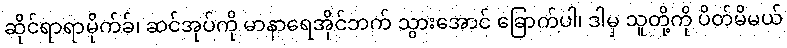
ဆိုင်ရာရာမိုက်ခ်၊ ဆင်အုပ်ကို မာနာရေအိုင်ဘက် သွားအောင် ခြောက်ပါ၊ ဒါမှ သူတို့ကို ပိတ်မိမယ်